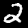
Label: 2